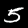
Label: 5